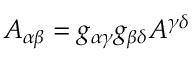
A _ { \alpha \beta } = g _ { \alpha \gamma } g _ { \beta \delta } A ^ { \gamma \delta }